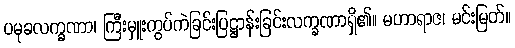
ပမုခလက္ခဏာ၊ ကြီးမှူးကွပ်ကဲခြင်းပြဋ္ဌာန်းခြင်းလက္ခဏာရှိ၏။ မဟာရာဇ၊ မင်းမြတ်။